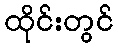
ထိုင်းတွင်